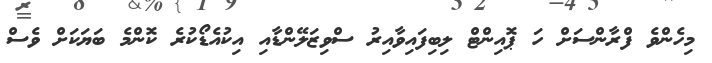
މިހެންވެ ފްރާންސަށް ހަ ޕޮއިންޓް ލިބިފައިވާއިރު ސްވިޒަލޭންޑާއި އިކުއެޑޯކުރެ ކޮންމެ ބަޔަކަށް ވެސް